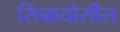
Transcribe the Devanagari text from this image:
सिंबायोसीस